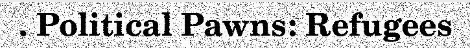
. Political Pawns: Refugees